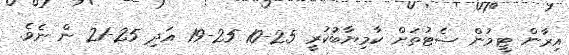
އިރާން ޓީމުން ސެޓުތަށް ކާމިޔާބުުކުރީ 25-10 25-19 އަދި 25-21 ން ނެވެ.